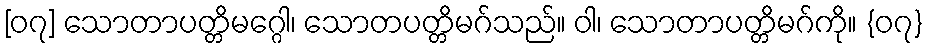
[၀၇] သောတာပတ္တိမဂ္ဂေါ၊ သောတပတ္တိမဂ်သည်။ ဝါ၊ သောတာပတ္တိမဂ်ကို။ {၀၇}